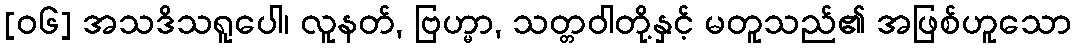
[၀၆] အသဒိသရူပေါ၊ လူနတ်, ဗြဟ္မာ, သတ္တဝါတို့နှင့် မတူသည်၏ အဖြစ်ဟူသော